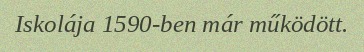
Iskolája 1590-ben már működött.